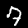
Label: 7